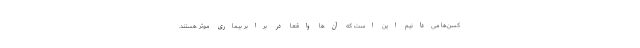
کسن‌ها می‌دانیم این است که آن‌ها واقعا در برابر بیماری موثر هستند.